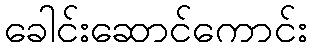
ခေါင်းဆောင်ကောင်း